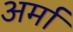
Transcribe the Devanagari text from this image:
अर्मा